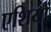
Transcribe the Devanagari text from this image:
एशियों